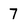
Character: 7